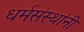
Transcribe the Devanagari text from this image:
धर्मसंस्थांनी